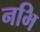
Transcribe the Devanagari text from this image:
नभि